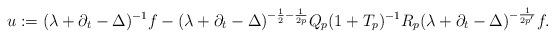
LaTeX: \begin{align*}u:=(\lambda+\partial_t-\Delta)^{-1}f - (\lambda+\partial_t-\Delta)^{-\frac{1}{2}-\frac{1}{2p}}Q_p (1+T_p)^{-1}R_p (\lambda+\partial_t-\Delta)^{-\frac{1}{2p'}} f.\end{align*}